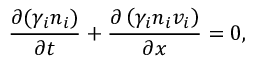
\frac { \partial { ( \gamma _ { i } n _ { i } ) } } { \partial t } + \frac { \partial \left( \gamma _ { i } n _ { i } v _ { i } \right) } { \partial x } = 0 ,